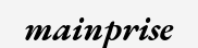
mainprise